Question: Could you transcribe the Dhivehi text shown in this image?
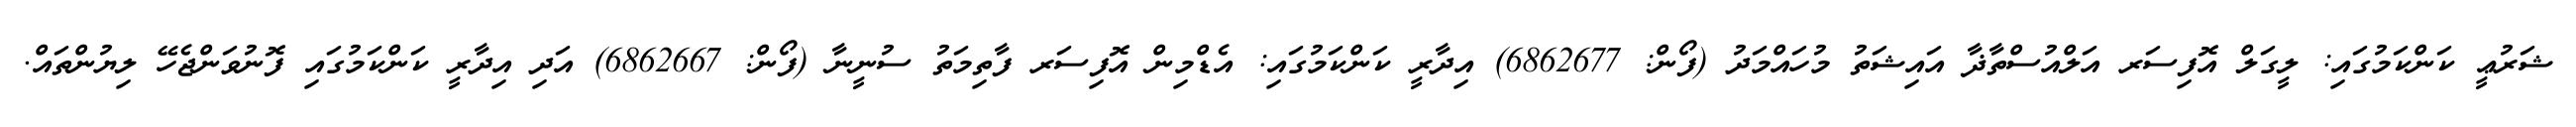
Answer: ޝަރުޢީ ކަންކަމުގައި: ލީގަލް އޮފިސަރ އަލްއުސްތާޛާ އައިޝަތު މުހައްމަދު (ފޯން: 6862677) އިދާރީ ކަންކަމުގައި: އެޑްމިން އޮފިސަރ ފާތިމަތު ސުނީނާ (ފޯން: 6862667) އަދި އިދާރީ ކަންކަމުގައި ފޮނުވަންޖެހޭ ލިޔުންތައް.